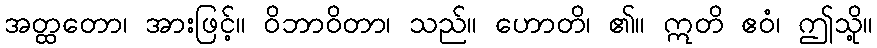
အတ္ထတော၊ အားဖြင့်။ ဝိဘာဝိတာ၊ သည်။ ဟောတိ၊ ၏။ ဣတိ ဧဝံ၊ ဤသို့။